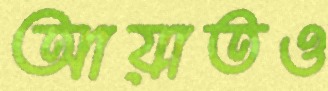
আয়াতও